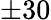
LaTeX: \pm 30